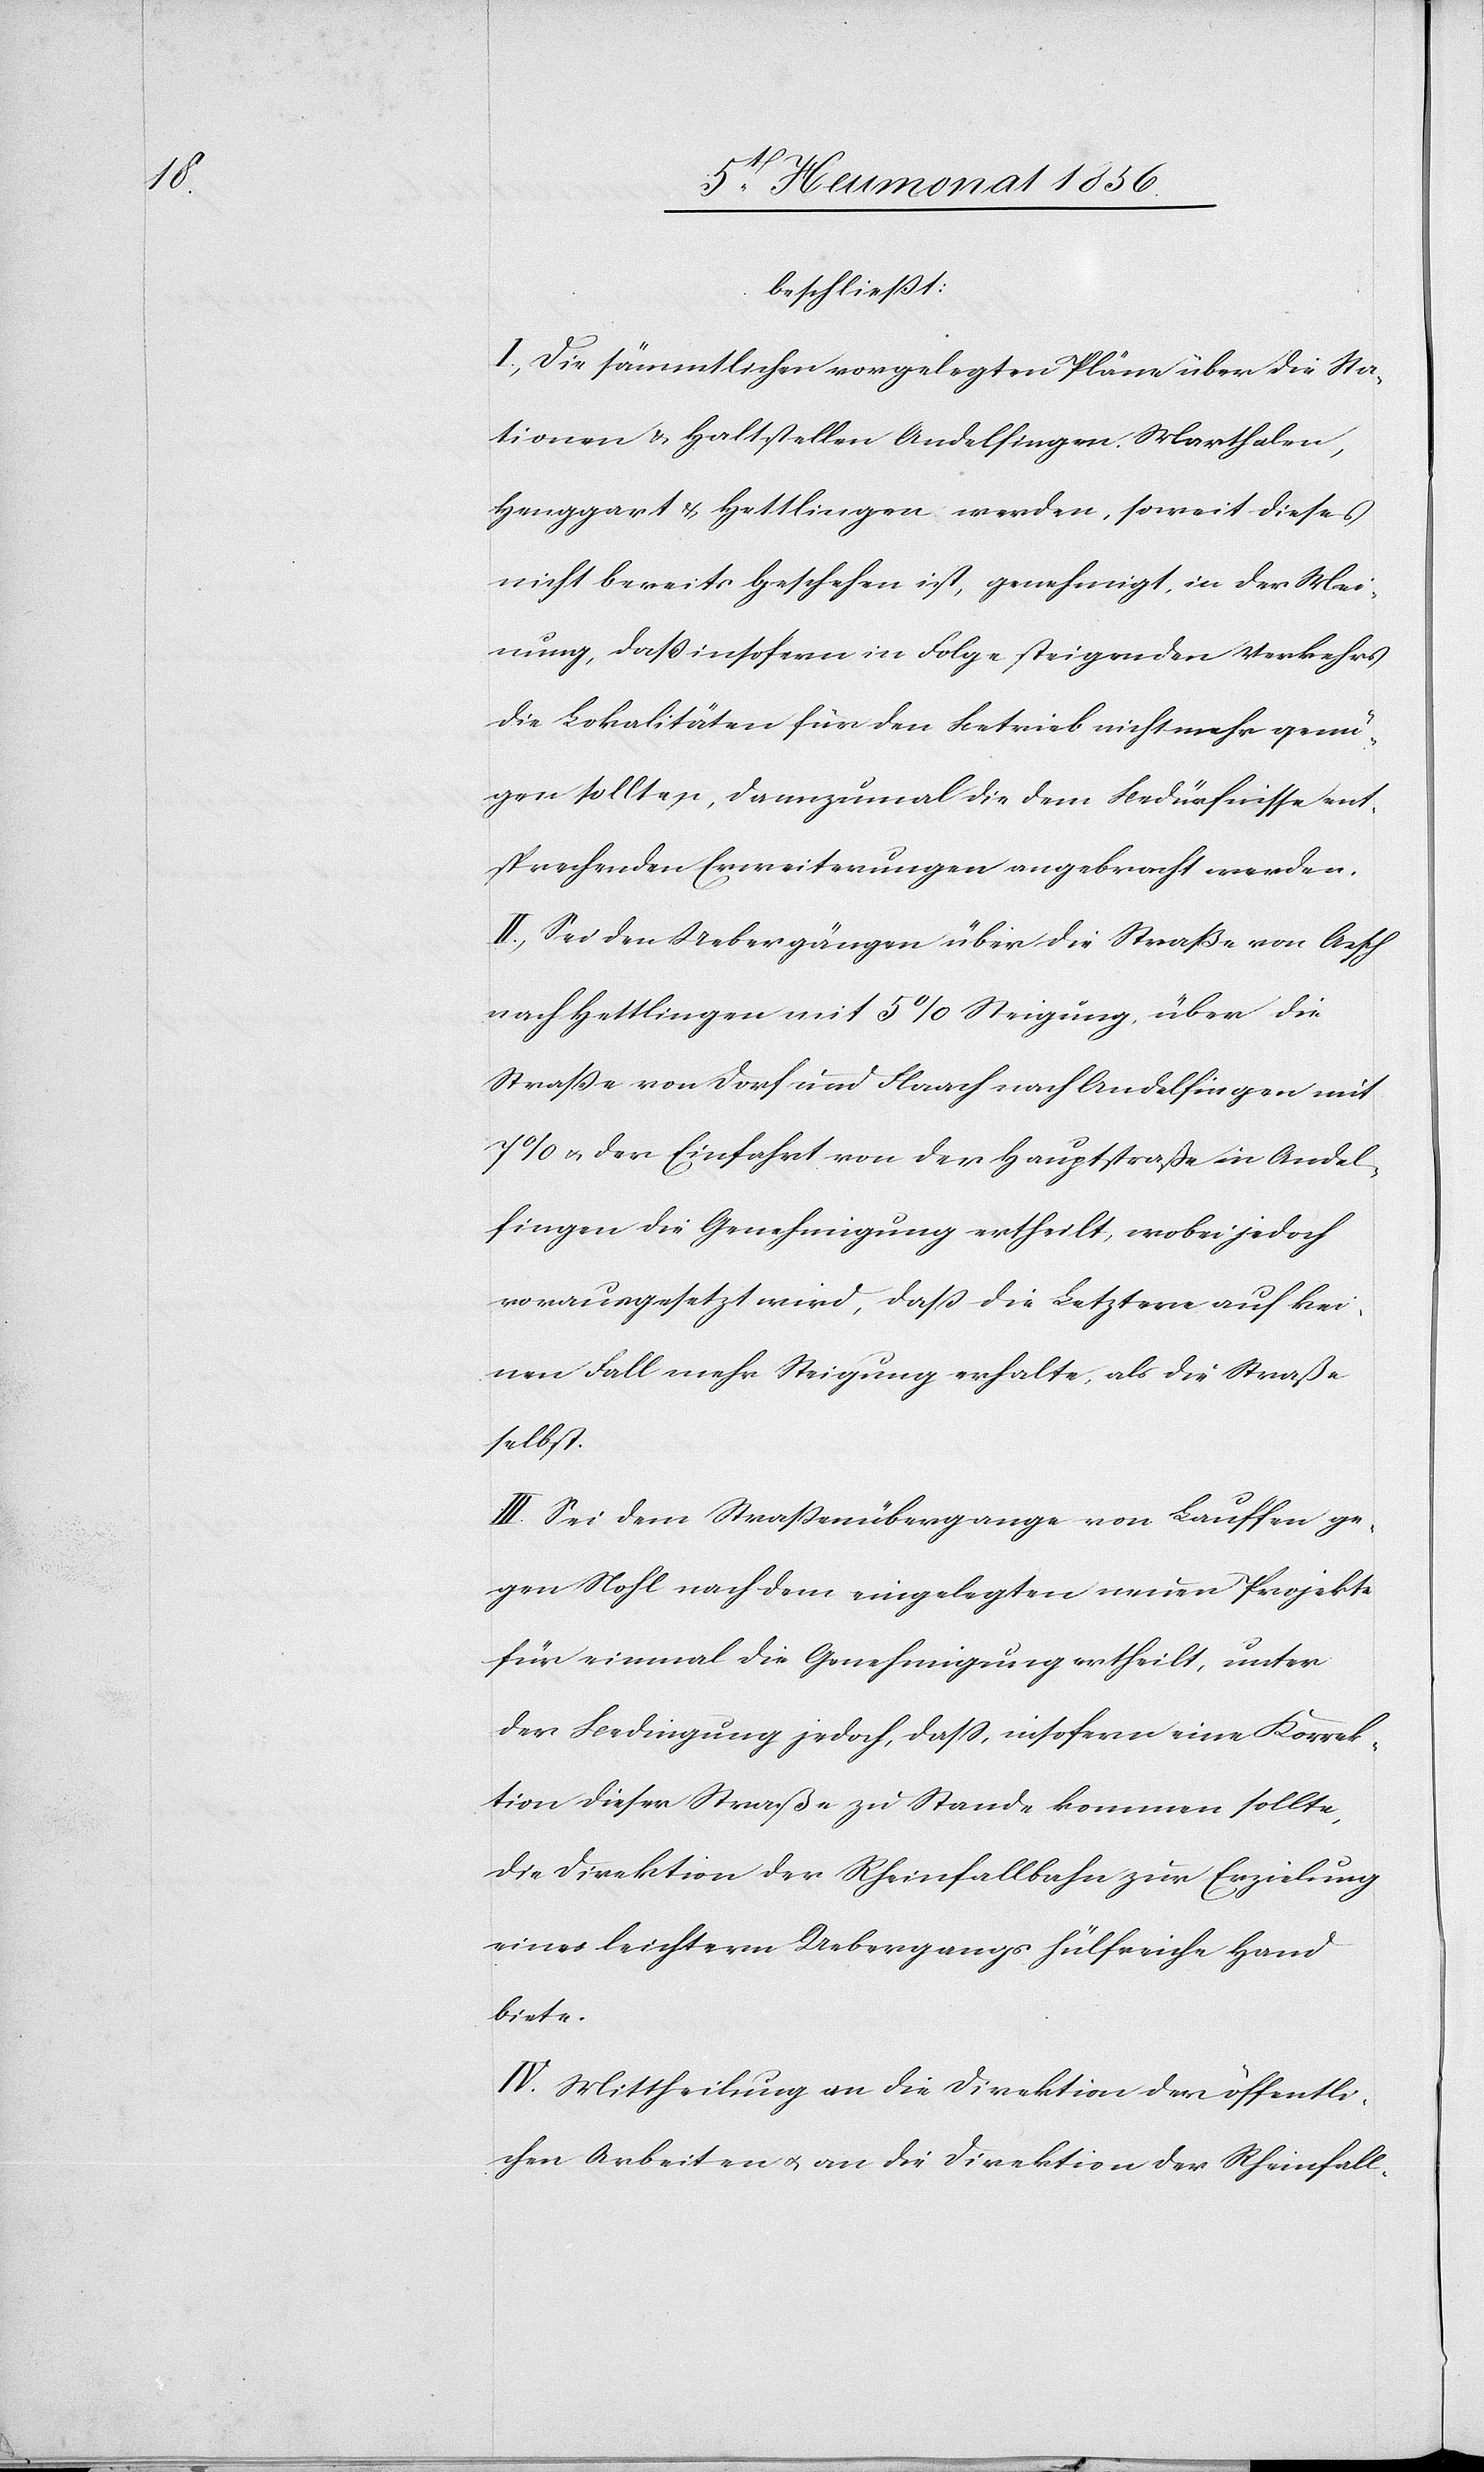
beschliesst:
I.) Die sämmtlichen vorgelegten Pläne über die Sta¬
tionen & Haltstellen Andelfingen, Marthalen,
Henggart & Hettlingen werden, soweit dieses
nicht bereits geschehen ist, genehmigt, in der Mei¬
nung, dass insofern in Folge steigenden Verkehrs
die Lokalitäten für den Betrieb nicht mehr genü¬
gen sollten, dannzumal die dem Bedürfnisse ent¬
sprechenden Erweiterungen angebracht werden.
II.) Sei den Uebergängen über die Straße von Aesch
nach Hettlingen mit 5% Steigung, über die
Strasse von Dorf und Flaach nach Andelfingen mit
7% u. der Einfahrt von der Hauptstraße in Andel¬
fingen die Genehmigung ertheilt, wobei jedoch
vorausgesetzt wird, dass die Letztere auf kei¬
nen Fall mehr Steigung erhalte, als die Straße
selbst.
III.) Sei dem Strassenübergange von Lauffen ge¬
gen Nohl nach dem eingelegten neuen Projekte
für einmal die Genehmigung ertheilt, unter
der Bedingung jedoch, dass, insofern eine Korrek¬
tion dieser Straße zu Stande kommen sollte,
die Direktion der Rheinfallbahn zur Erzielung
eines leichtern Uebergangs hülfreiche Hand
biete.
IV.) Mittheilung an die Direktion der öffentli¬
chen Arbeiten u. an die Direktion der Rheinfall-